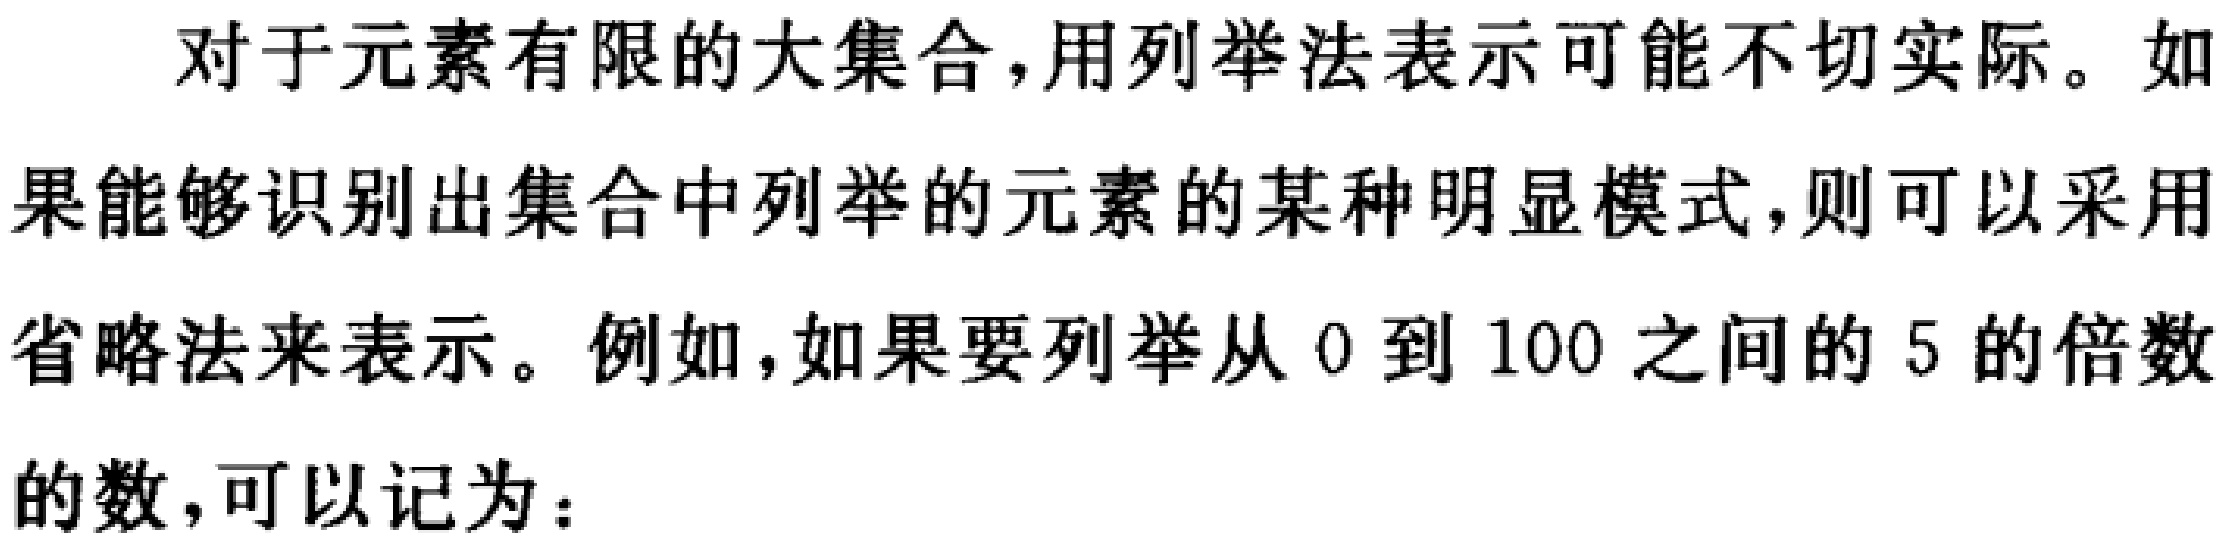
对于元素有限的大集合，用列举法表示可能不切实际。如果能够识别出集合中列举的元素的某种明显模式，则可以采用省略法来表示。例如，如果要列举从 \(0\) 到 \(100\) 之间的 \(5\) 的倍数的数，可以记为：